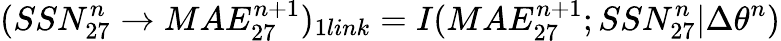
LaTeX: \large(SSN_{27}^{n}\rightarrow MAE_{27}^{n+1}\large)_{1link}=I(MAE_{27}^{n+1};SSN_{27}^{n}|\Delta\theta^{n})